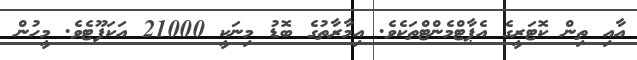
އާއި ތިން ކޮޓަރީގެ އެޕާޓްމެންޓްތަކެވެ. އިމާރާތުގެ ބޮޑު މިނަކީ 21000 އަކަފޫޓެވެ. މީހުން